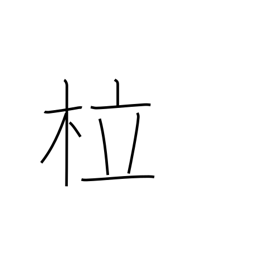
Meaning: bent tree